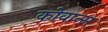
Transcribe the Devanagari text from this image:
कोवान्स